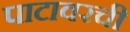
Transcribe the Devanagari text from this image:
पाटावरची